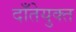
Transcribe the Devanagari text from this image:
दाँतेयुक्त